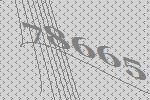
78665